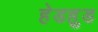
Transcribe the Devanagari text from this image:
हेडहुड